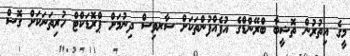
މީގެ އިތުރުން ތޮޝީބާ ބްރޭންޑްގެ އުފެއްފުންތަކަށް ސާރވިސް ދިނުމަށް ޕްރޮޑަކްޓް ހުރިތަނަކަށް ގޮސް